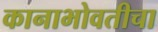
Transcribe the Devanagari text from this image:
कानाभोवतीचा